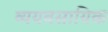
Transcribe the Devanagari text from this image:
व्ययवसायिक